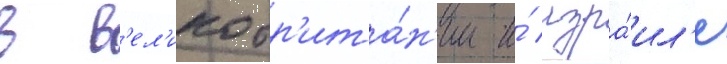
в в'ел'икобр'ита́н'ии и́ изра́ил'е